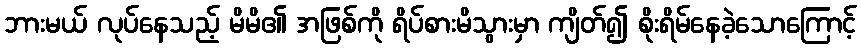
ဘားမယ် လုပ်နေသည့် မိမိ၏ အဖြစ်ကို ရိပ်စားမိသွားမှာ ကျိတ်၍ စိုးရိမ်နေခဲ့သောကြောင့်